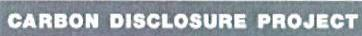
CARBON DISCLOSURE PROJECT